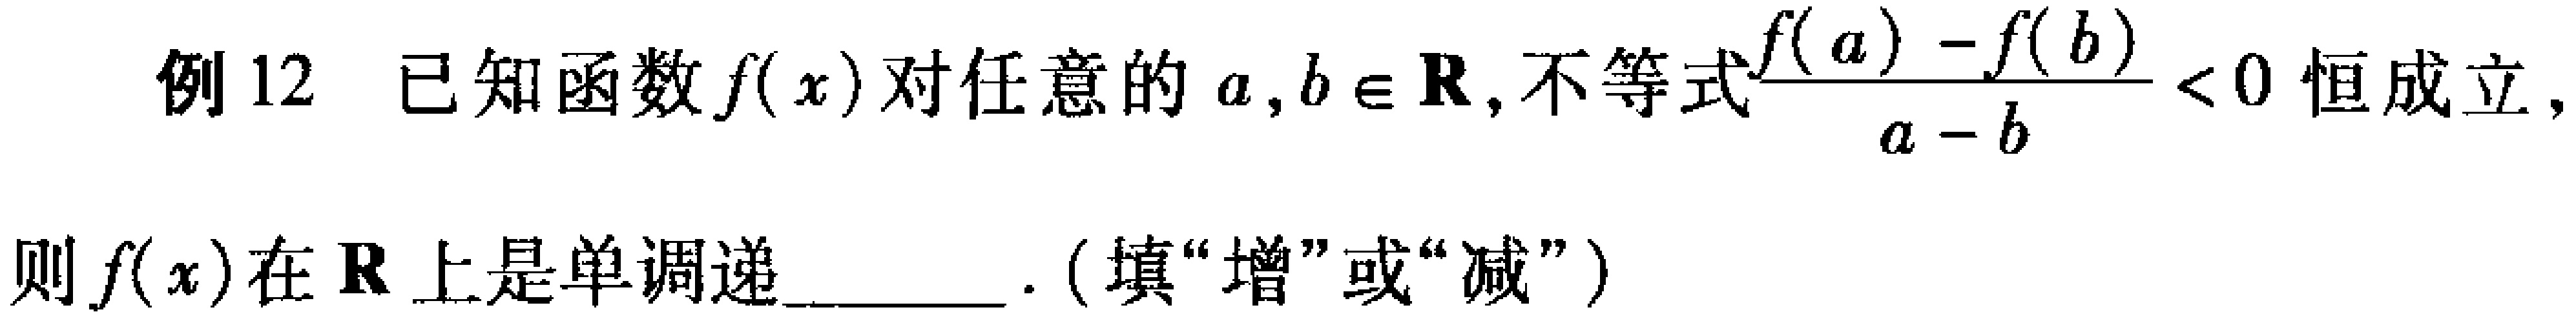
例 12 已知函数\(f(x)\)对任意的\(a,b\in\mathbf{R}\),不等式\(\frac{f(a)-f(b)}{a - b}<0\)恒成立,

则\(f(x)\)在\(\mathbf{R}\)上是单调递______.(填“增”或“减”)